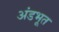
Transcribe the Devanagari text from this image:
अंडभूत